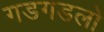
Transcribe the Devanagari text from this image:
गडगडलो